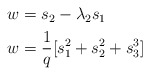
\begin{align*}\begin{aligned}w& = s_2 - \lambda_2s_1 \\w& = \frac {1} {q} [ s_1^2 + s_2^2 + s_3^3 ] \\\end{aligned}\end{align*}